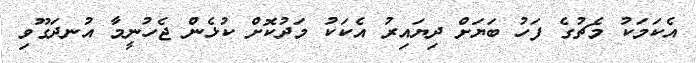
އެކަމަކު މެޗުގެ ފަހު ބަޔަށް ދިޔައިރު އެކަކު މަދުކޮށް ކުޅެން ޖެހުނީމާ އުނދަގޫވި